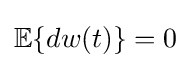
\mathbb {E} \{dw(t)\}=0